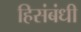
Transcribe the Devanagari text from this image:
हिसंबंधी